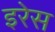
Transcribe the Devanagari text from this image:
इरेस